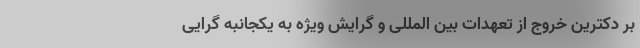
بر دکترین خروج از تعهدات بین المللی و گرایش ویژه به یکجانبه گرایی